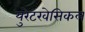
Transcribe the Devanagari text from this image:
युरेटरवेसिकल